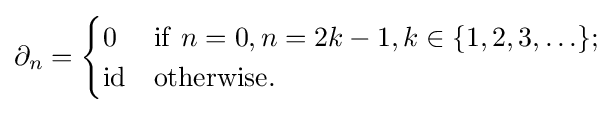
\partial _{n}={\begin{cases}0&\mathrm {if} \ n=0,n=2k-1,k\in \{1,2,3,\ldots \};\\\mathrm {id} &\mathrm {otherwise} .\end{cases}}